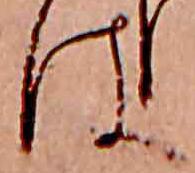
は